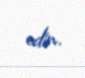
edin.